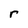
Character: r